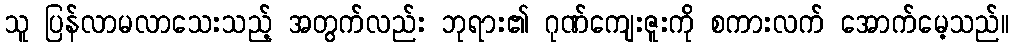
သူ ပြန်လာမလာသေးသည့် အတွက်လည်း ဘုရား၏ ဂုဏ်ကျေးဇူးကို စကားလက် အောက်မေ့သည်။